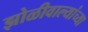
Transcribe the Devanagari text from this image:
झोळीवाल्यांच्या